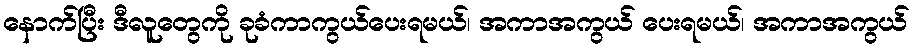
နောက်ပြီး ဒီလူတွေကို ခုခံကာကွယ်ပေးရမယ်၊ အကာအကွယ် ပေးရမယ်၊ အကာအကွယ်